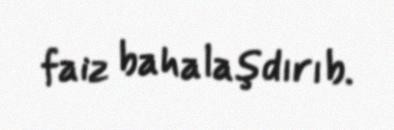
faiz bahalaşdırıb.